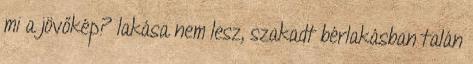
mi a jövőkép? lakása nem lesz, szakadt bérlakásban talán